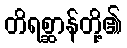
တိရစ္ဆာန်တို့၏